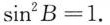
$$\sin ^{2} B = 1$$.